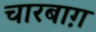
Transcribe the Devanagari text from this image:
चारबाग़